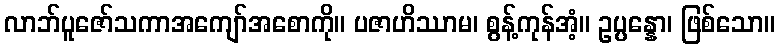
လာဘ်ပူဇော်သကာအကျော်အစောကို။ ပဇာဟိဿာမ၊ စွန့်ကုန်အံ့။ ဥပ္ပန္နော၊ ဖြစ်သော။